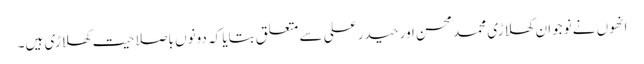
انھوں نے نوجوان کھلاڑی محمد محسن اور حیدر علی سے متعلق بتایا کہ دونوں باصلاحیت کھلاڑی ہیں۔